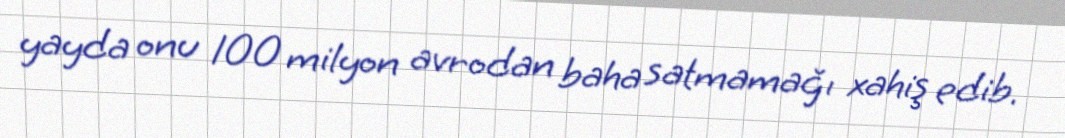
yayda onu 100 milyon avrodan baha satmamağı xahiş edib.